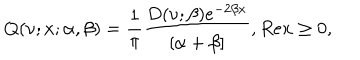
LaTeX: Q ( \nu ; x ; \alpha , \beta ) = \frac { 1 } { \pi } \frac { D ( \nu ; \beta ) e ^ { - 2 \beta x } } { [ \alpha + \beta ] } , R e x \geq 0 ,